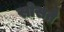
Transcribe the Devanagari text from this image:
सोसते